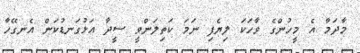
މާދަމާ އެ މީހުންގެ ވާހަކަ ލިޔެފި ނަމަ ކަތިލަންވީ ސީދާ އަޅުގަނޑުކަން އެނގޭހާ